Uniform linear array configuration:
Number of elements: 64
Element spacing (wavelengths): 1
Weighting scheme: cosine
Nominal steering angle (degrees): -60
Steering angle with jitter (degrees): -58.743
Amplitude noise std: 0.05
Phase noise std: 0.05

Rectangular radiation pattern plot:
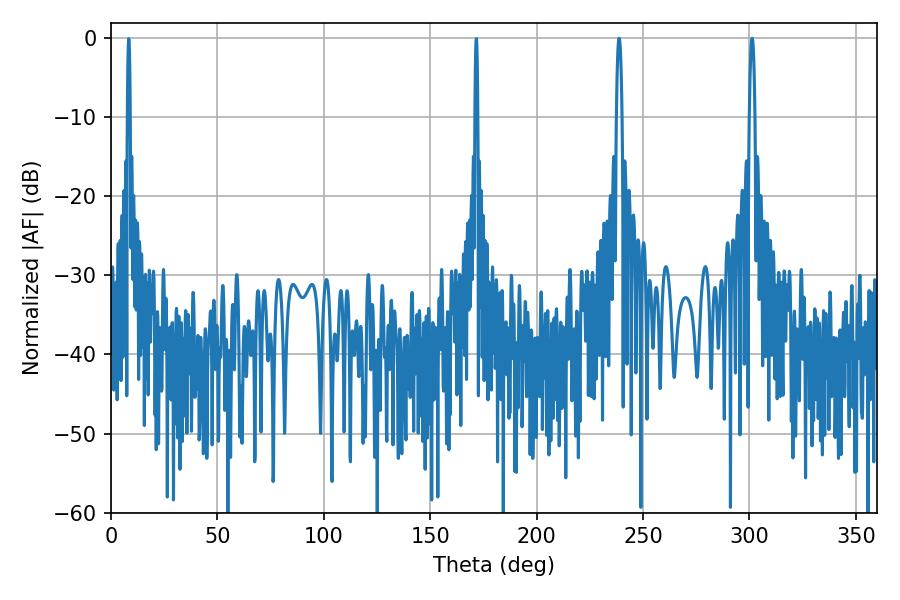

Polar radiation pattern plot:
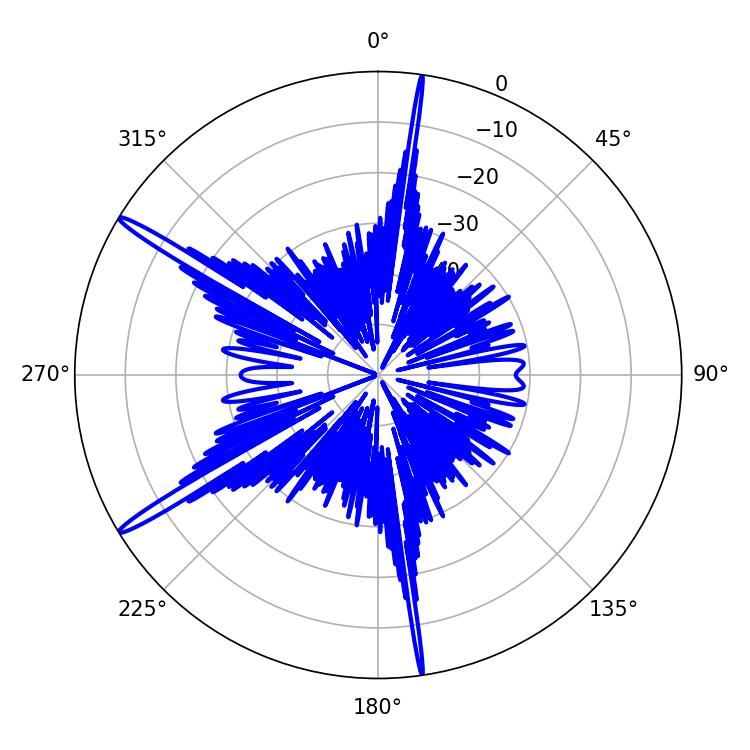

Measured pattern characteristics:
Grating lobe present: TRUE
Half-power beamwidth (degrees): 1.44
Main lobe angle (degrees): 238.68